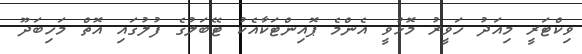
ވިކްޓަރީ މިއަދު ހަވީރު މޮޅުވީ އެންމެ ޕޮއިންޓަކާއެކު ޓޭބަލުގެ ފުލުގައި އޮތް މަހިބަދޫ